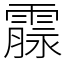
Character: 霡